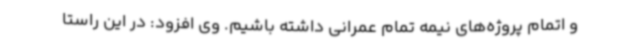
و اتمام پروژه‌های نیمه تمام عمرانی داشته باشیم. وی افزود: در این راستا